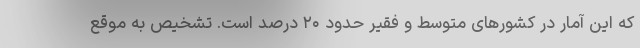
که این آمار در کشورهای متوسط و فقیر حدود ۲۰ درصد است. تشخیص به موقع